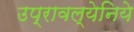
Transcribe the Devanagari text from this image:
उप्रावल्येनिये